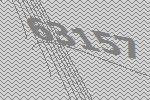
63157